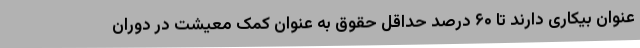
عنوان بیکاری دارند تا ۶۰ درصد حداقل حقوق به عنوان کمک معیشت در دوران